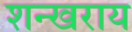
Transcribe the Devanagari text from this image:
शन्खराय